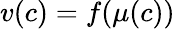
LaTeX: v(c)=f(\mu(c))